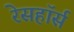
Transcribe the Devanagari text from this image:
रेसहॉर्स